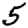
Digit: 5